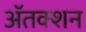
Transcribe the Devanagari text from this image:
ॲतक्शन